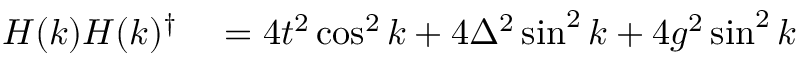
\begin{array} { r l } { H ( k ) H ( k ) ^ { \dagger } } & { { } = 4 t ^ { 2 } \cos ^ { 2 } k + 4 \Delta ^ { 2 } \sin ^ { 2 } k + 4 g ^ { 2 } \sin ^ { 2 } k } \end{array}